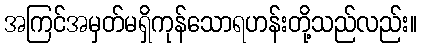
အကြင်အမှတ်မရှိကုန်သောရဟန်းတို့သည်လည်း။